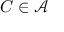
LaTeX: C \in { \mathcal { A } }